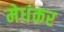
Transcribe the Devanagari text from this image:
मेधंकर